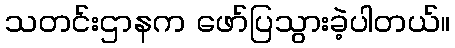
သတင်းဌာနက ဖော်ပြသွားခဲ့ပါတယ်။